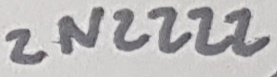
Text: 2N2222